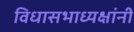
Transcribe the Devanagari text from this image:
विधासभाध्यक्षांनी